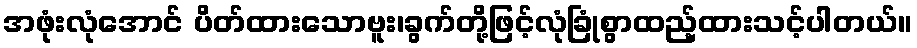
အဖုံးလုံအောင် ပိတ်ထားသောဗူး၊ခွက်တို့ဖြင့်လုံခြုံစွာထည့်ထားသင့်ပါတယ်။